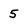
Character: 5